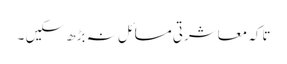
تاکہ معاشرتی مسائل نہ بڑھ سکیں ۔